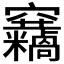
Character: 𥩓